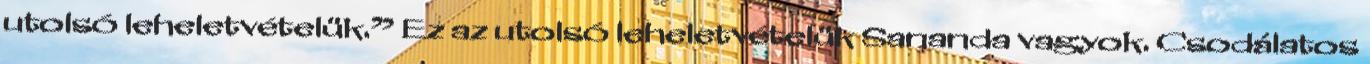
utolsó leheletvételük.” Ez az utolsó leheletvételük Sananda vagyok. Csodálatos